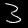
Digit: 3